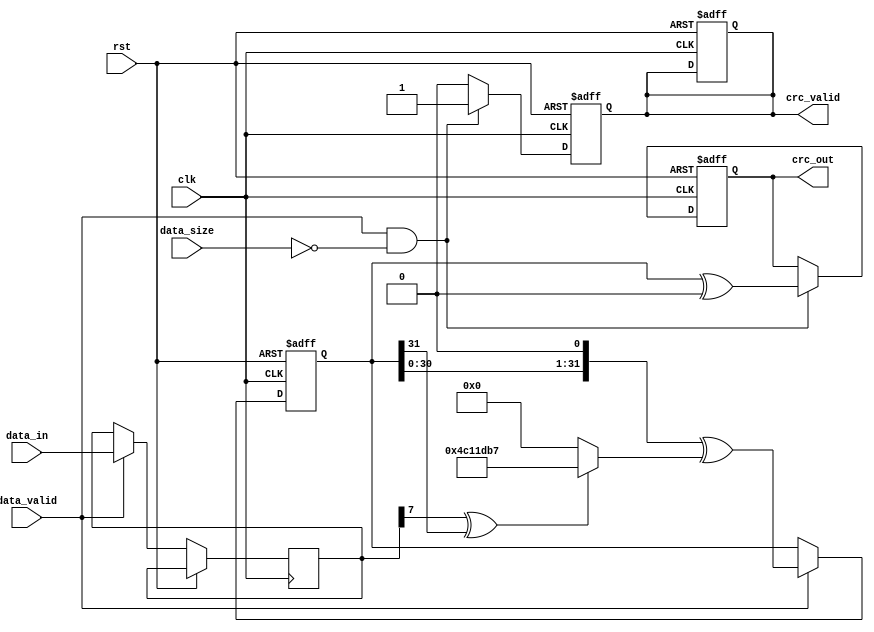
module parameterized_crc #(
    parameter CRC_WIDTH = 32,                  // Width of the CRC output
    parameter POLYNOMIAL = 32'h04C11DB7,       // Polynomial for CRC calculation
    parameter INIT_VALUE = 32'hFFFFFFFF,       // Initial value for CRC calculation
    parameter REFLECT_INPUT = 1'b0,            // Reflect input bytes
    parameter REFLECT_OUTPUT = 1'b0,           // Reflect output CRC
    parameter FINAL_XOR = 32'h00000000         // Final XOR with CRC result
)(
    input wire clk,                             // Clock signal
    input wire rst,                             // Reset signal
    input wire [7:0] data_in,                  // Input data stream
    input wire data_valid,                      // Valid input data signal
    input wire[31:0] data_size,                // Size of the data block
    output reg [CRC_WIDTH-1:0] crc_out,        // Computed CRC output
    output reg crc_valid                        // Valid CRC output signal
);

    reg [CRC_WIDTH-1:0] crc_reg;               // CRC register
    reg [7:0] data_buffer;                      // Data buffer
    integer i;                                  // Loop variable

    // Function to reflect bits
    function [7:0] reflect;
        input [7:0] input_data;
        integer j;
        begin
            reflect = 0;
            for (j = 0; j < 8; j = j + 1) begin
                reflect[j] = input_data[7-j];
            end
        end
    endfunction

    // Function to reflect CRC output
    function [CRC_WIDTH-1:0] reflect_crc;
        input [CRC_WIDTH-1:0] crc_in;
        integer j;
        begin
            reflect_crc = 0;
            for (j = 0; j < CRC_WIDTH; j = j + 1) begin
                reflect_crc[j] = crc_in[CRC_WIDTH-1-j];
            end
        end
    endfunction

    // Initialize CRC register
    always @(posedge clk or posedge rst) begin
        if (rst) begin
            crc_reg <= INIT_VALUE;
            crc_valid <= 1'b0;
        end else if (data_valid) begin
            // Load data into buffer and process
            data_buffer <= data_in;

            // Process each bit of the incoming data
            for (i = 0; i < 8; i = i + 1) begin
                // Reflect input if specified
                if (REFLECT_INPUT) begin
                    crc_reg <= (crc_reg << 1) ^ ((data_buffer[i] ^ (crc_reg >> (CRC_WIDTH-1))) ? POLYNOMIAL : 0);
                end else begin
                    crc_reg <= (crc_reg << 1) ^ ((data_buffer[i] ^ (crc_reg[CRC_WIDTH-1])) ? POLYNOMIAL : 0);
                end
            end
        end
    end

    // Final output computation after processing complete
    always @(posedge clk or posedge rst) begin
        if (rst) begin
            crc_out <= 0;
            crc_valid <= 1'b0;
        end else if (data_valid && data_size == 0) begin // Assuming data_size = 0 indicates end of data
            // Reflect output if specified
            if (REFLECT_OUTPUT) begin
                crc_out <= reflect_crc(crc_reg) ^ FINAL_XOR;
            end else begin
                crc_out <= crc_reg ^ FINAL_XOR;
            end
            crc_valid <= 1'b1; // Indicate CRC is valid
        end else begin
            crc_valid <= 1'b0; // Reset CRC valid output when not valid
        end
    end

endmodule